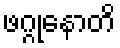
ဖဂ္ဂုနောတိ